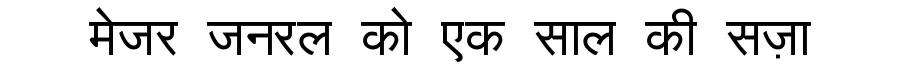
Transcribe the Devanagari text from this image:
मेजर जनरल को एक साल की सज़ा